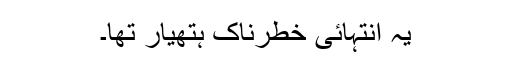
یہ انتہائی خطرناک ہتھیار تھا۔